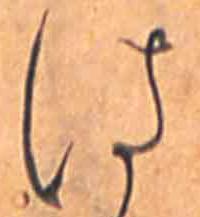
は